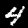
Digit: 4